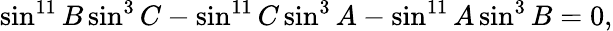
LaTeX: \sin^{11}B\sin^{3}C-\sin^{11}C\sin^{3}A-\sin^{11}A\sin^{3}B=0,